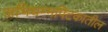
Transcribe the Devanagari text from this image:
अभिधम्मपिटकातील